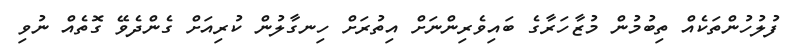
ފުލުހުންތަކެއް ތިބުމުން މުޒާހަރާގެ ބައިވެރިންނަށް އިތުރަށް ހިނގާލުން ކުރިއަށް ގެންދެވޭ ގޮތެއް ނުވި